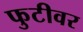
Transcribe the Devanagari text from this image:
फुटीवर